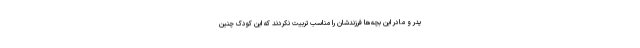
پدر و مادر این بچه‌ها فرزندشان را مناسب تربیت نکردند که این کودک چنین